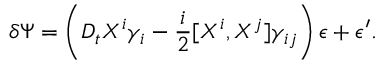
\delta \Psi = \left( D _ { t } X ^ { i } \gamma _ { i } - { \frac { i } { 2 } } [ X ^ { i } , X ^ { j } ] \gamma _ { i j } \right) \epsilon + \epsilon ^ { \prime } .